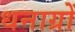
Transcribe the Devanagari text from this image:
धनाग्रों